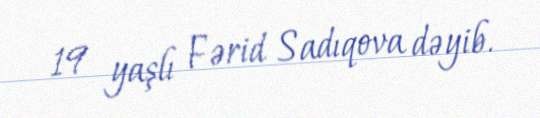
19 yaşlı Fərid Sadıqova dəyib.